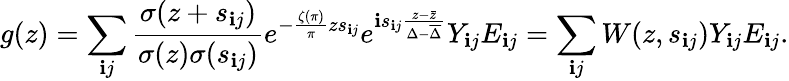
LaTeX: g(z)=\sum_{\mathbf{i}j}\frac{{\sigma(z+s_{\mathbf{i}j})}}{{\sigma(z)\sigma(s_{\mathbf{i}j})}}e^{-\frac{{\zeta(\pi)}}{{\pi}}zs_{\mathbf{i}j}}e^{\mathbf{i}s_{\mathbf{i}j}\frac{{z-\bar{{z}}}}{{\Delta-\overline{{{\Delta}}}}}}Y_{\mathbf{i}j}E_{\mathbf{i}j}=\sum_{\mathbf{i}j}W(z,s_{\mathbf{i}j})Y_{\mathbf{i}j}E_{\mathbf{i}j}.